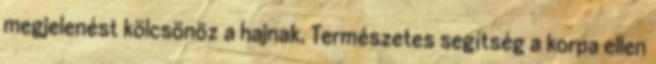
megjelenést kölcsönöz a hajnak. Természetes segítség a korpa ellen